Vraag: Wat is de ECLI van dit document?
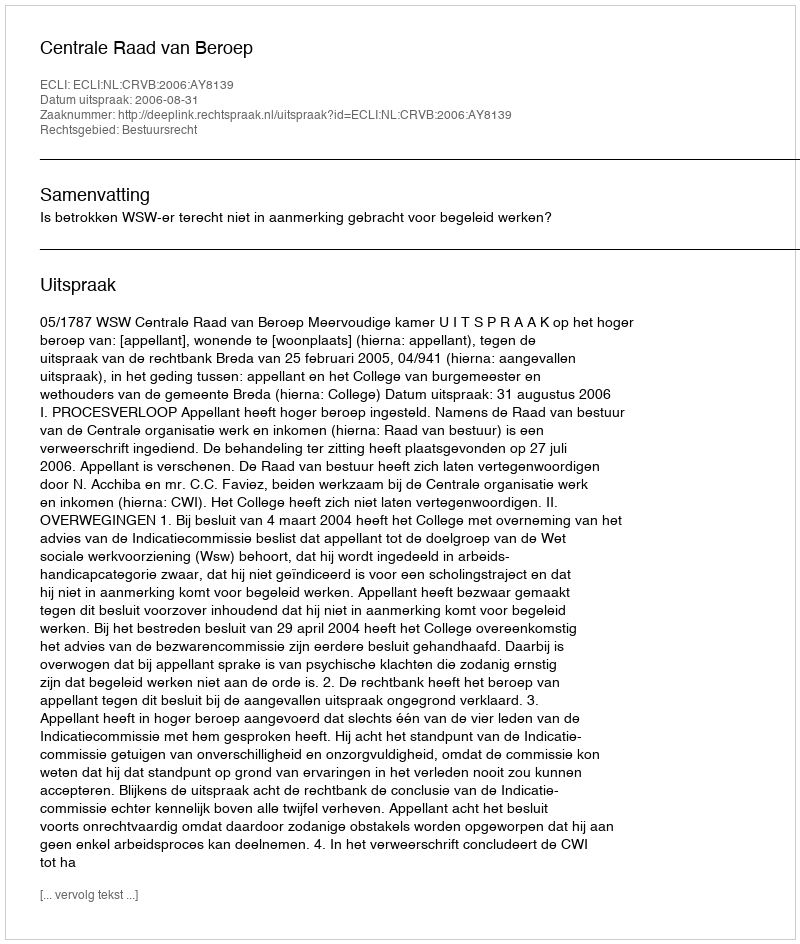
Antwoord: ECLI:NL:CRVB:2006:AY8139